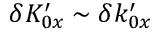
\delta K _ { 0 x } ^ { \prime } \sim \delta k _ { 0 x } ^ { \prime }